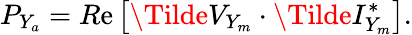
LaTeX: P_{Y_{a}}=R\mathrm{e}\left[\Tilde{V}_{Y_{m}}\cdot\Tilde{I}_{Y_{m}}^{*}\right].